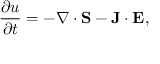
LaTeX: { \frac { \partial u } { \partial t } } = - \nabla \cdot \mathbf { S } - \mathbf { J } \cdot \mathbf { E } ,